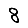
Digit: 8